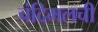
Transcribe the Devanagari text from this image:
चंदिमलची